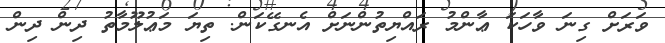
ވަރަށް ގިނަ ވާހަކަ ޢާންމު ރައްޔިތުންނަށް އެނގޭކަން. ތިޔަ މަޢުލޫމާތު ދިން ދިން